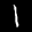
Label: 1